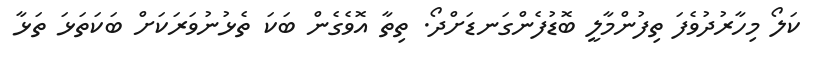
ކަލޯ މިހާރުދުވެފަ ތިފުންމާލީ ބޮޑުފެންގަނޑަށްދޯ. ތިތާ އޮވެގެން ބަކަ ތެޅުނުވަރަކަށް ބަކަތަޅަ ތަޅާ